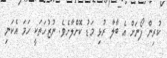
ކުރިން ފޯނަށް އެ ބާލާ ރުޅި މަޑު ކޮށްލާށެވެ. ނުޒުހަތަކީ ހަމަ އެކަނި